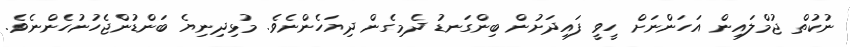
ނުކުތް ޖުމްލައިން އަހަންނަށް ހީވީ ފައިދަށުން ބިންގަނޑު ދެމިގެން ދިޔަހެންނެވެ. މުޅިދިނިޔެ ބަންޑުންޖެހުނުހެންނެވެ.